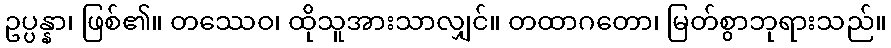
ဥပ္ပန္နာ၊ ဖြစ်၏။ တဿေဝ၊ ထိုသူအားသာလျှင်။ တထာဂတော၊ မြတ်စွာဘုရားသည်။